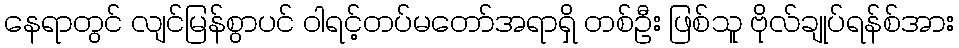
နေရာတွင် လျင်မြန်စွာပင် ဝါရင့်တပ်မတော်အရာရှိ တစ်ဦး ဖြစ်သူ ဗိုလ်ချုပ်ရန်စ်အား